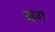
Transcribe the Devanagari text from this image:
ग्रग